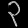
Digit: ၃